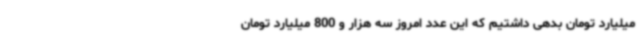
میلیارد تومان بدهی داشتیم که این عدد امروز سه هزار و 800 میلیارد تومان